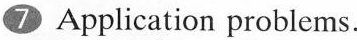
7 Application problems.